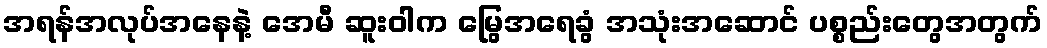
အရန်အလုပ်အနေနဲ့ အေမီ ဆူးဝါက မြွေအရေခွံ အသုံးအဆောင် ပစ္စည်းတွေအတွက်